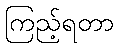
ကြည့်ရတာ